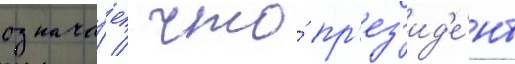
означа́ет / что́ пр'ез'ид'е́нт